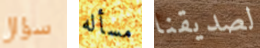
سؤال مسأله لصديقنا